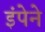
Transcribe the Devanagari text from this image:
इंपेने